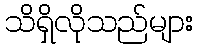
သိရှိလိုသည်များ